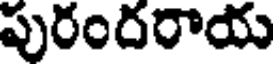
పురందరాయ